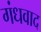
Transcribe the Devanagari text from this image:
गंधवाद